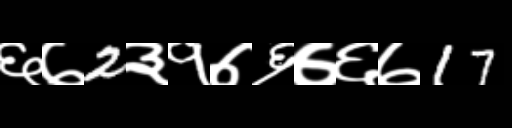
Text: ६७2३१७६७६७17